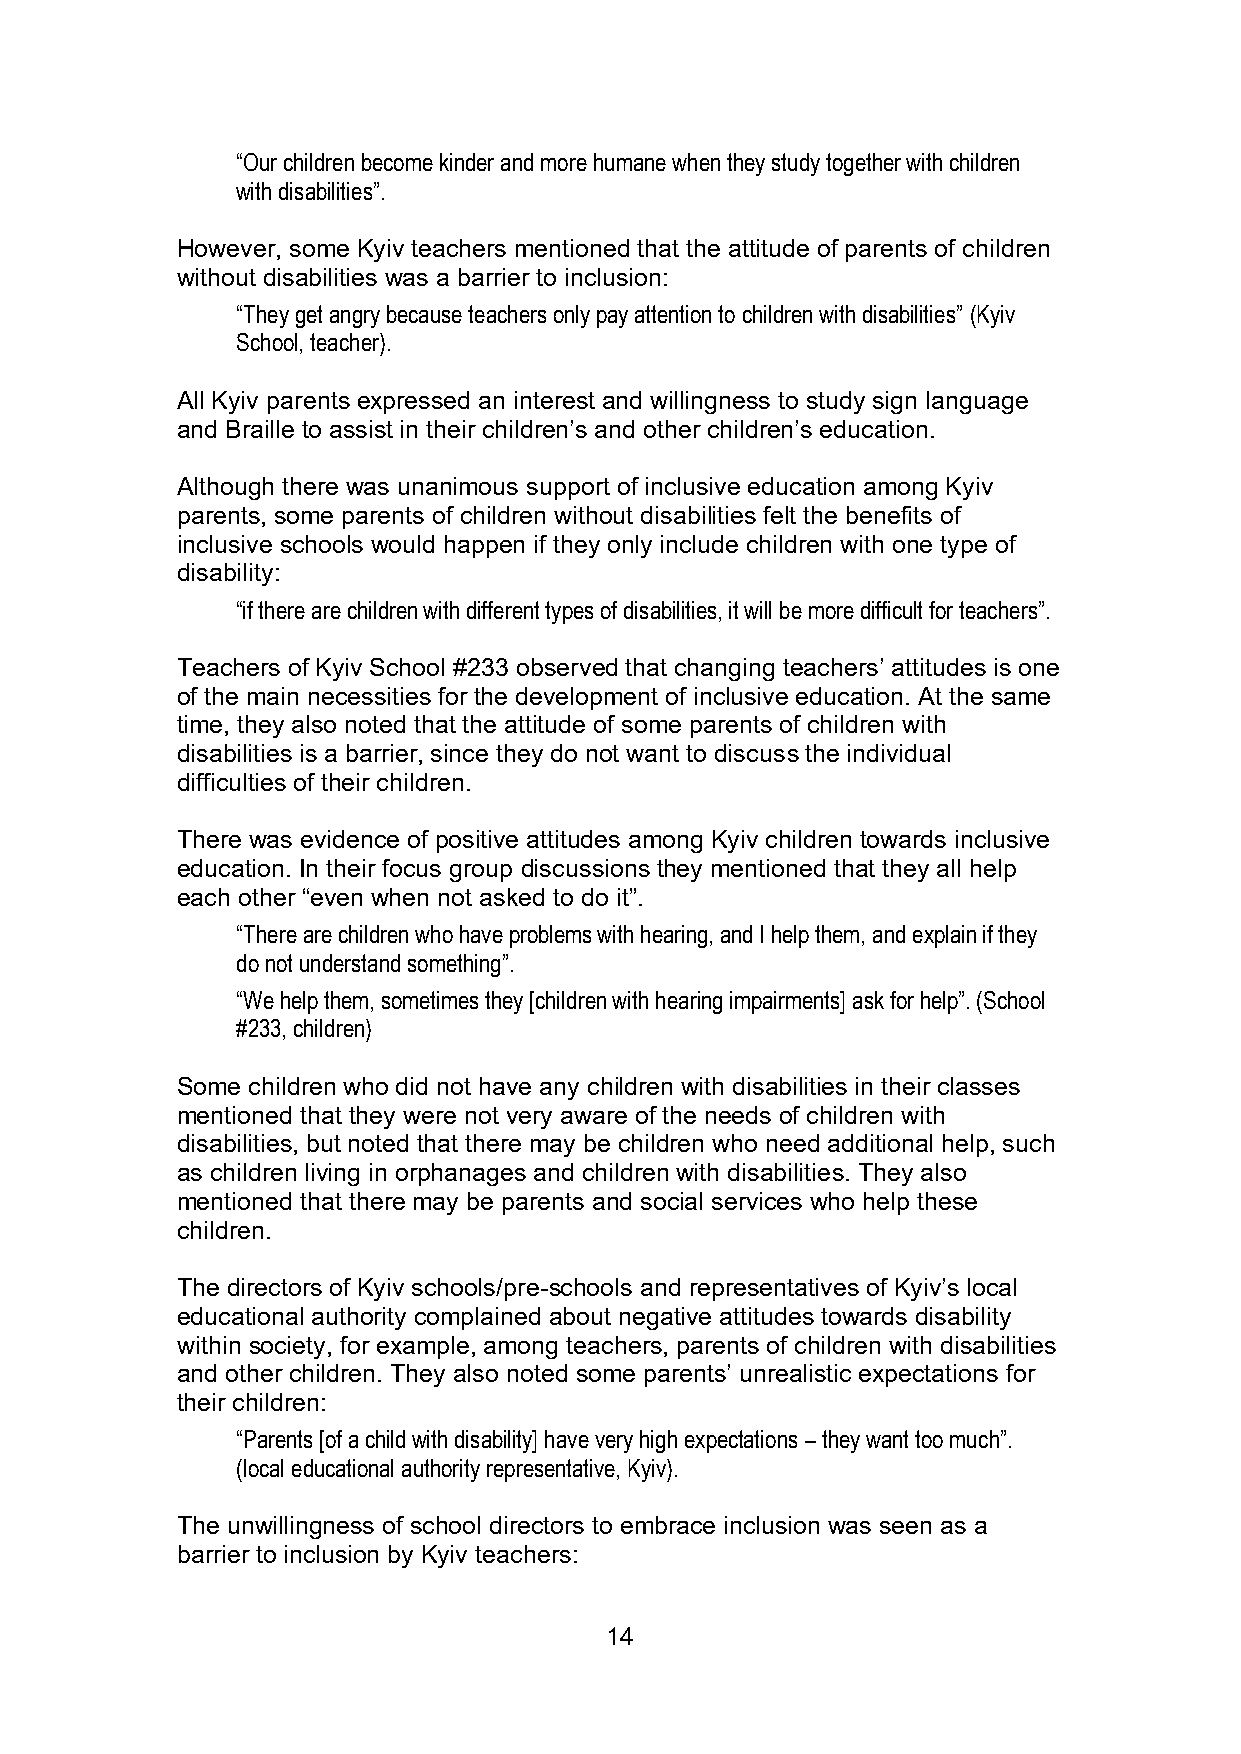
“Our children become kinder and more humane when they study together with children
 with disabilities”.
 However, some Kyiv teachers mentioned that the attitude of parents of children
 without disabilities was a barrier to inclusion:
 “They get angry because teachers only pay attention to children with disabilities” (Kyiv
 School, teacher).
 All Kyiv parents expressed an interest and willingness to study sign language
 and Braille to assist in their children’s and other children’s education.
 Although there was unanimous support of inclusive education among Kyiv
 parents, some parents of children without disabilities felt the benefits of
 inclusive schools would happen if they only include children with one type of
 disability:
 “if there are children with different types of disabilities, it will be more difficult for teachers”.
 Teachers of Kyiv School #233 observed that changing teachers’ attitudes is one
 of the main necessities for the development of inclusive education. At the same
 time, they also noted that the attitude of some parents of children with
 disabilities is a barrier, since they do not want to discuss the individual
 difficulties of their children.
 There was evidence of positive attitudes among Kyiv children towards inclusive
 education. In their focus group discussions they mentioned that they all help
 each other “even when not asked to do it”.
 “There are children who have problems with hearing, and I help them, and explain if they
 do not understand something”.
 “We help them, sometimes they [children with hearing impairments] ask for help”. (School
 #233, children)
 Some children who did not have any children with disabilities in their classes
 mentioned that they were not very aware of the needs of children with
 disabilities, but noted that there may be children who need additional help, such
 as children living in orphanages and children with disabilities. They also
 mentioned that there may be parents and social services who help these
 children.
 The directors of Kyiv schools/pre-schools and representatives of Kyiv’s local
 educational authority complained about negative attitudes towards disability
 within society, for example, among teachers, parents of children with disabilities
 and other children. They also noted some parents’ unrealistic expectations for
 their children:
 “Parents [of a child with disability] have very high expectations – they want too much”.
 (local educational authority representative, Kyiv).
 The unwillingness of school directors to embrace inclusion was seen as a
 barrier to inclusion by Kyiv teachers:
 14